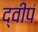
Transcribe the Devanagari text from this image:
द्वीपं